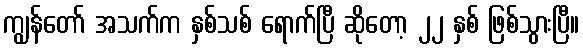
ကျွန်တော် အသက်က နှစ်သစ် ရောက်ပြီ ဆိုတော့ ၂၂ နှစ် ဖြစ်သွားပြီ။